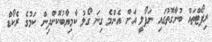
ރިޕޯޓްތައް ބުނާގޮތުގައި ނަޕޯލީ އަށް އެންމެ ގިނަ ގޯލު ކާމިޔާބުކޮށްދިން ކަމުގެ ރެކޯޑް